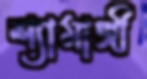
শ্যামাঙ্গী